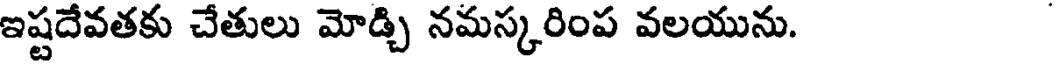
ఇష్టదేవతకు చేతులు మోడ్చి నమస్కరింప వలయును.